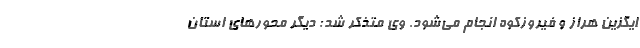
ایگزین هراز و فیروزکوه انجام می‌شود. وی متذکر شد: دیگر محورهای استان